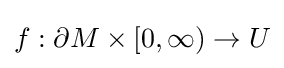
f:\partial M\times [0,\infty )\to U